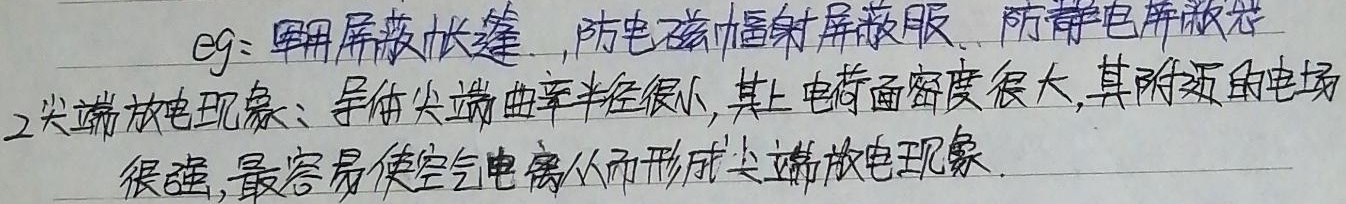
eg：军用屏蔽帐篷，防电磁辐射屏蔽服、防静电屏蔽袋
2. 尖端放电现象：导体尖端曲率半径很小，其上电荷面密度很大，其附近的电场
很强，最容易使空气电离从而形成尖端放电现象.